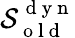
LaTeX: \mathcal{S}_{\mathrm{~o~l~d~}}^{\mathrm{~d~y~n~}}